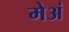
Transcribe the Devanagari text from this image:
मेअं